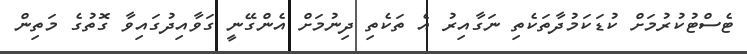
ޓެސްޓުކުރުމަށް ކުޑަކަމުދާތަކެތި ނަގާއިރު އެ ތަކެތި ދިނުމަށް އެންގޭނީ ގަވާއިދުގައިވާ ގޮތުގެ މަތިން